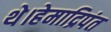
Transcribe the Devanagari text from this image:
थे।हेमाद्रिपंत